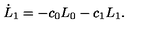
\dot { L } _ { 1 } = - c _ { 0 } L _ { 0 } - c _ { 1 } L _ { 1 } .